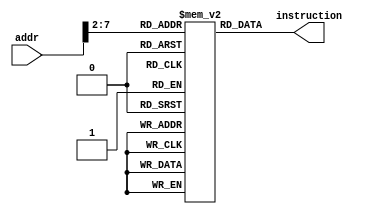
`timescale 1ns / 1ps
//////////////////////////////////////////////////////////////////////////////////
// Company: EECS 31L
// Module Name: InstMem
// Project Name: Lab 4
//////////////////////////////////////////////////////////////////////////////////

module InstMem #(
  parameter ADDR_W = 8,
  parameter INST_W = 32
)(
  input   [ADDR_W-1:0]  addr,
  output  [INST_W-1:0]  instruction
  );
  
  // helper signals
  reg [INST_W-1:0] memory [2**(ADDR_W-2)-1:0]; // array of 64 32-bit instructions

  integer i; // index for initializing unused memory to 0
  
  // behavior
  assign instruction = memory [addr [ADDR_W-1:2]]; // 64 memory slots, so use bits 2-7
 
  // intructions stored
  initial begin                 // Instruction:                    ALU Result:
    memory [0] = 32'h00007033;  // and r0, r0, r0                  => 32'h00000000
    memory [1] = 32'h00100093;  // addi r1, r0, 1                  => 32'h00000001
    memory [2] = 32'h00200113;  // addi r2, r0, 2                  => 32'h00000002
    memory [3] = 32'h00308193;  // addi r3, r1, 3                  => 32'h00000004
    memory [4] = 32'h00408213;  // addi r4, r1, 4                  => 32'h00000005
    memory [5] = 32'h00510293;  // addi r5, r2, 5                  => 32'h00000007
    memory [6] = 32'h00610313;  // addi r6, r2, 6                  => 32'h00000008
    memory [7] = 32'h00718393;  // addi r7, r3, 7                  => 32'h0000000B
    memory [8] = 32'h00208433;  // add r8, r1, r2                  => 32'h00000003
    memory [9] = 32'h404404b3;  // sub r9, r8, r4                  => 32'hfffffffe
    memory[10] = 32'h00317533;  // and r10, r2, r3                 => 32'h00000000
    memory[11] = 32'h0041e5b3;  // or r11, r3, r4                  => 32'h00000005
    memory[12] = 32'h0041a633;  // if r3 < r4, r12 = 1             => 32'h00000001
    memory[13] = 32'h007346b3;  // nor r13, r6, r7                 => 32'hfffffff4
    memory[14] = 32'h4d34f713;  // andi r14, r9, "4D3"             => 32'h000004D2
    memory[15] = 32'h8d35e793;  // ori r15, r11, "8d3"             => 32'hfffff8d7
    memory[16] = 32'h4d26a813;  // if r13 < 32'h000004D2, r16 = 1  => 32'h00000001
    memory[17] = 32'h4d244893;  // nori r17, r8, "4D2"             => 32'hfffffb2C
    memory[18] = 32'h02b02823;  // sw r11, 48(r0)                  => 32'h00000030
    memory[19] = 32'h03002603;  // lw r12, 48(r0)                  => 32'h00000030, r12 = 32'h00000005
    
    // initialize rest to 0
    for (i = 20; i < 2**(ADDR_W-2); i = i+1) // comment out to make last half cycle red X's
      memory[i] = 0;
    
  end
  
endmodule // InstMem